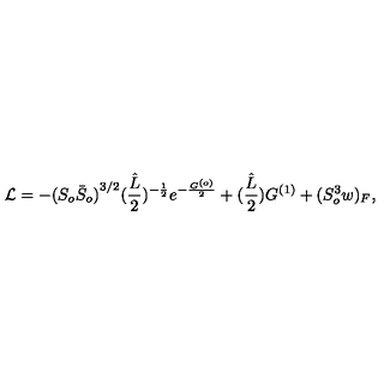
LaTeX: { \cal L } = - { ( S _ { o } { \bar { S } } _ { o } ) } ^ { 3 / 2 } ( \frac { \hat { L } } { 2 } ) ^ { - \frac { 1 } { 2 } } e ^ { - \frac { G ^ { ( o ) } } { 2 } } + ( \frac { \hat { L } } { 2 } ) G ^ { ( 1 ) } + { ( S _ { o } ^ { 3 } w ) _ { F } } ,